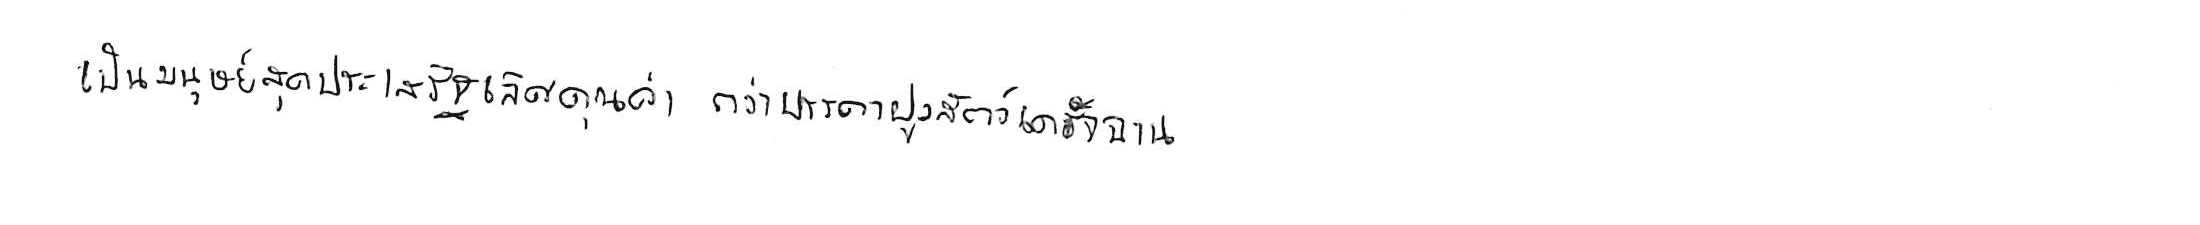
เป็นมนุษย์สุดประเสริฐเลิศคุณค่า กว่าบรรดาฝูงสัตว์เดรัจฉาน